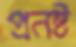
প্রনষ্ট